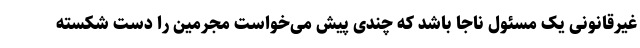
غیرقانونی یک مسئول ناجا باشد که چندی پیش می‌خواست مجرمین را دست شکسته